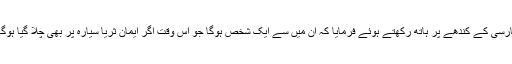
رسول کریم ﷺ نے حضرت سلمان فارسیؓ کے کندھے پر ہاتھ رکھتے ہوئے فرمایا کہ ِان میں سے ایک شخص ہوگا جو اُس وقت اگر ایمان ثریا سیارہ پر بھی چلا گیا ہوگا تو وہ اسے واپس زمین پر لائے گا۔